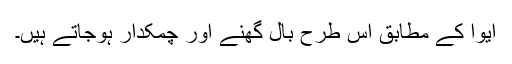
ایوا کے مطابق اس طرح بال گھنے اور چمکدار ہوجاتے ہیں۔